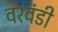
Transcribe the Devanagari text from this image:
वरवंडी